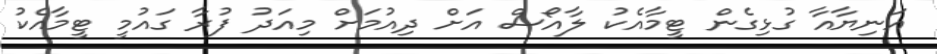
އަނިޔާއާ ގުޅިގެން ޓީމާއެކު ލާއޯސް އަށް ދިއުމަށް މިއަދު ފުރާ ގައުމީ ޓީމާއެކު